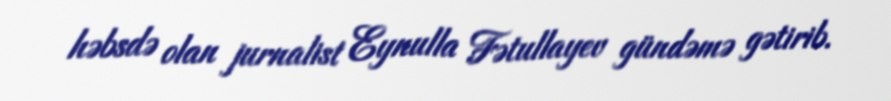
həbsdə olan jurnalist Eynulla Fətullayev gündəmə gətirib.